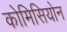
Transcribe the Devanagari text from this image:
कोमिसियोन